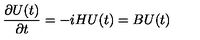
{ \frac { \partial U ( t ) } { \partial t } } = - i H U ( t ) = B U ( t )